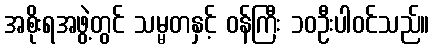
အစိုးရအဖွဲ့တွင် သမ္မတနှင့် ဝန်ကြီး ၁၀ဦးပါဝင်သည်။